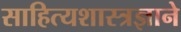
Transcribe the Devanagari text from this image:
साहित्यशास्त्रज्ञाने